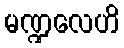
မဏ္ဍလေဟိ